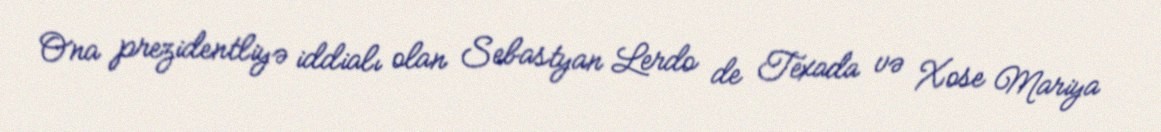
Ona prezidentliyə iddialı olan Sebastyan Lerdo de Texada və Xose Mariya